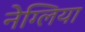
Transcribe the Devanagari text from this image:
नेग्लिया